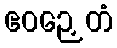
ဧဝဉှေတံ